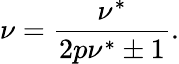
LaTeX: \nu={\frac{\nu^{*}}{2p\nu^{*}\pm 1}}.